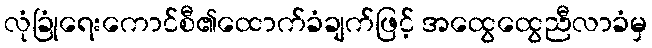
လုံခြုံရေးကောင်စီ၏ထောက်ခံချက်ဖြင့် အထွေထွေညီလာခံမှ